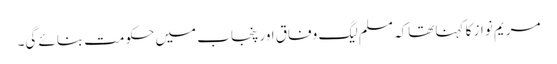
مریم نواز کا کہنا تھاکہ مسلم لیگ وفاق اور پنجاب میں حکومت بنائے گی۔